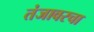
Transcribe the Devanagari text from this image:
तंजावरचा